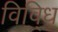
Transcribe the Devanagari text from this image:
विवि्ध